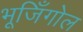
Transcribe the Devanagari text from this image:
भूजिँगोल